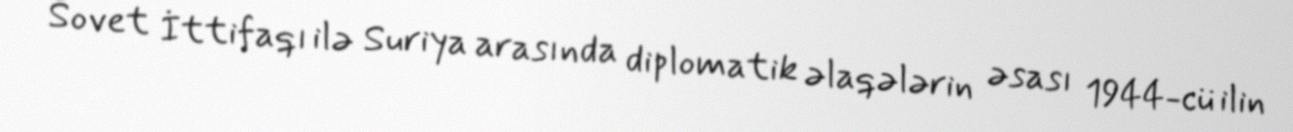
Sovet İttifaqı ilə Suriya arasında diplomatik əlaqələrin əsası 1944-cü ilin